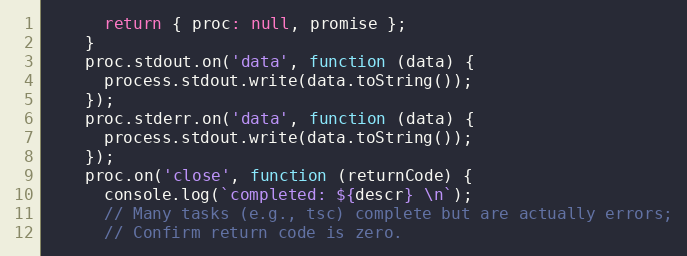
Language: JavaScript
      return { proc: null, promise };
    }
    proc.stdout.on('data', function (data) {
      process.stdout.write(data.toString());
    });
    proc.stderr.on('data', function (data) {
      process.stdout.write(data.toString());
    });
    proc.on('close', function (returnCode) {
      console.log(`completed: ${descr} \n`);
      // Many tasks (e.g., tsc) complete but are actually errors;
      // Confirm return code is zero.